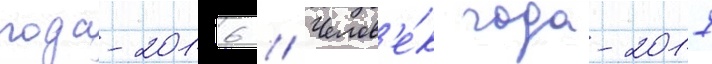
года-2016 // Челов'е́к года-2017